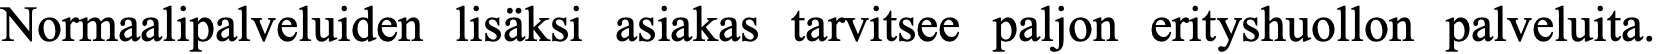
Normaalipalveluiden lisäksi asiakas tarvitsee paljon erityshuollon palveluita.